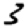
Digit: 3